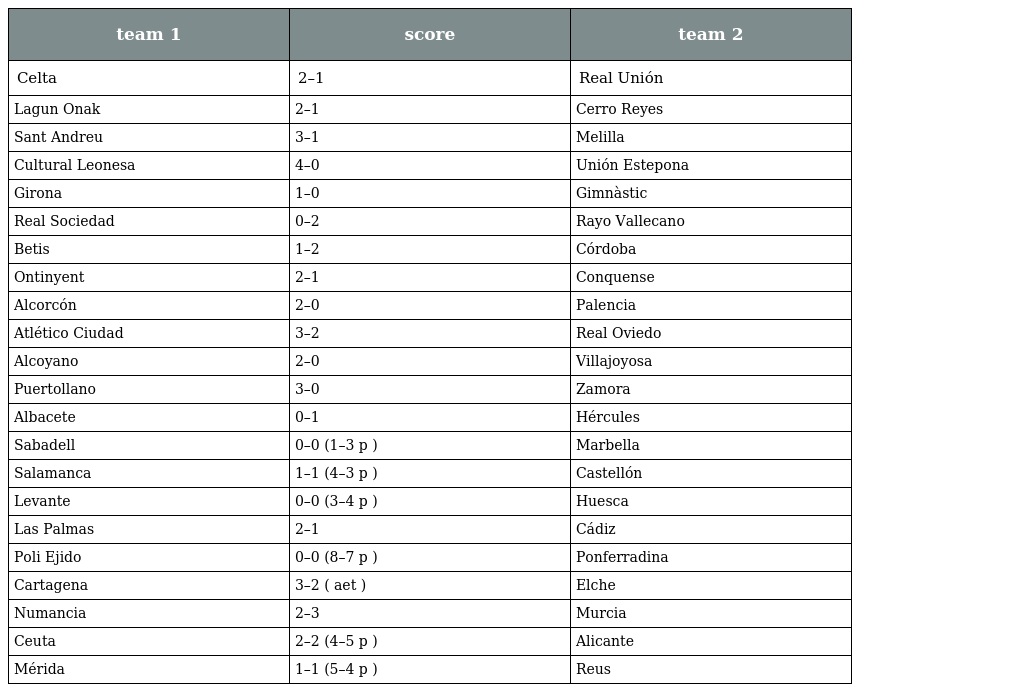
| team 1 | score | team 2 |
 | --- | --- | --- |
 | Celta | 2–1 | Real Unión |
 | Lagun Onak | 2–1 | Cerro Reyes |
 | Sant Andreu | 3–1 | Melilla |
 | Cultural Leonesa | 4–0 | Unión Estepona |
 | Girona | 1–0 | Gimnàstic |
 | Real Sociedad | 0–2 | Rayo Vallecano |
 | Betis | 1–2 | Córdoba |
 | Ontinyent | 2–1 | Conquense |
 | Alcorcón | 2–0 | Palencia |
 | Atlético Ciudad | 3–2 | Real Oviedo |
 | Alcoyano | 2–0 | Villajoyosa |
 | Puertollano | 3–0 | Zamora |
 | Albacete | 0–1 | Hércules |
 | Sabadell | 0–0 (1–3 p ) | Marbella |
 | Salamanca | 1–1 (4–3 p ) | Castellón |
 | Levante | 0–0 (3–4 p ) | Huesca |
 | Las Palmas | 2–1 | Cádiz |
 | Poli Ejido | 0–0 (8–7 p ) | Ponferradina |
 | Cartagena | 3–2 ( aet ) | Elche |
 | Numancia | 2–3 | Murcia |
 | Ceuta | 2–2 (4–5 p ) | Alicante |
 | Mérida | 1–1 (5–4 p ) | Reus |